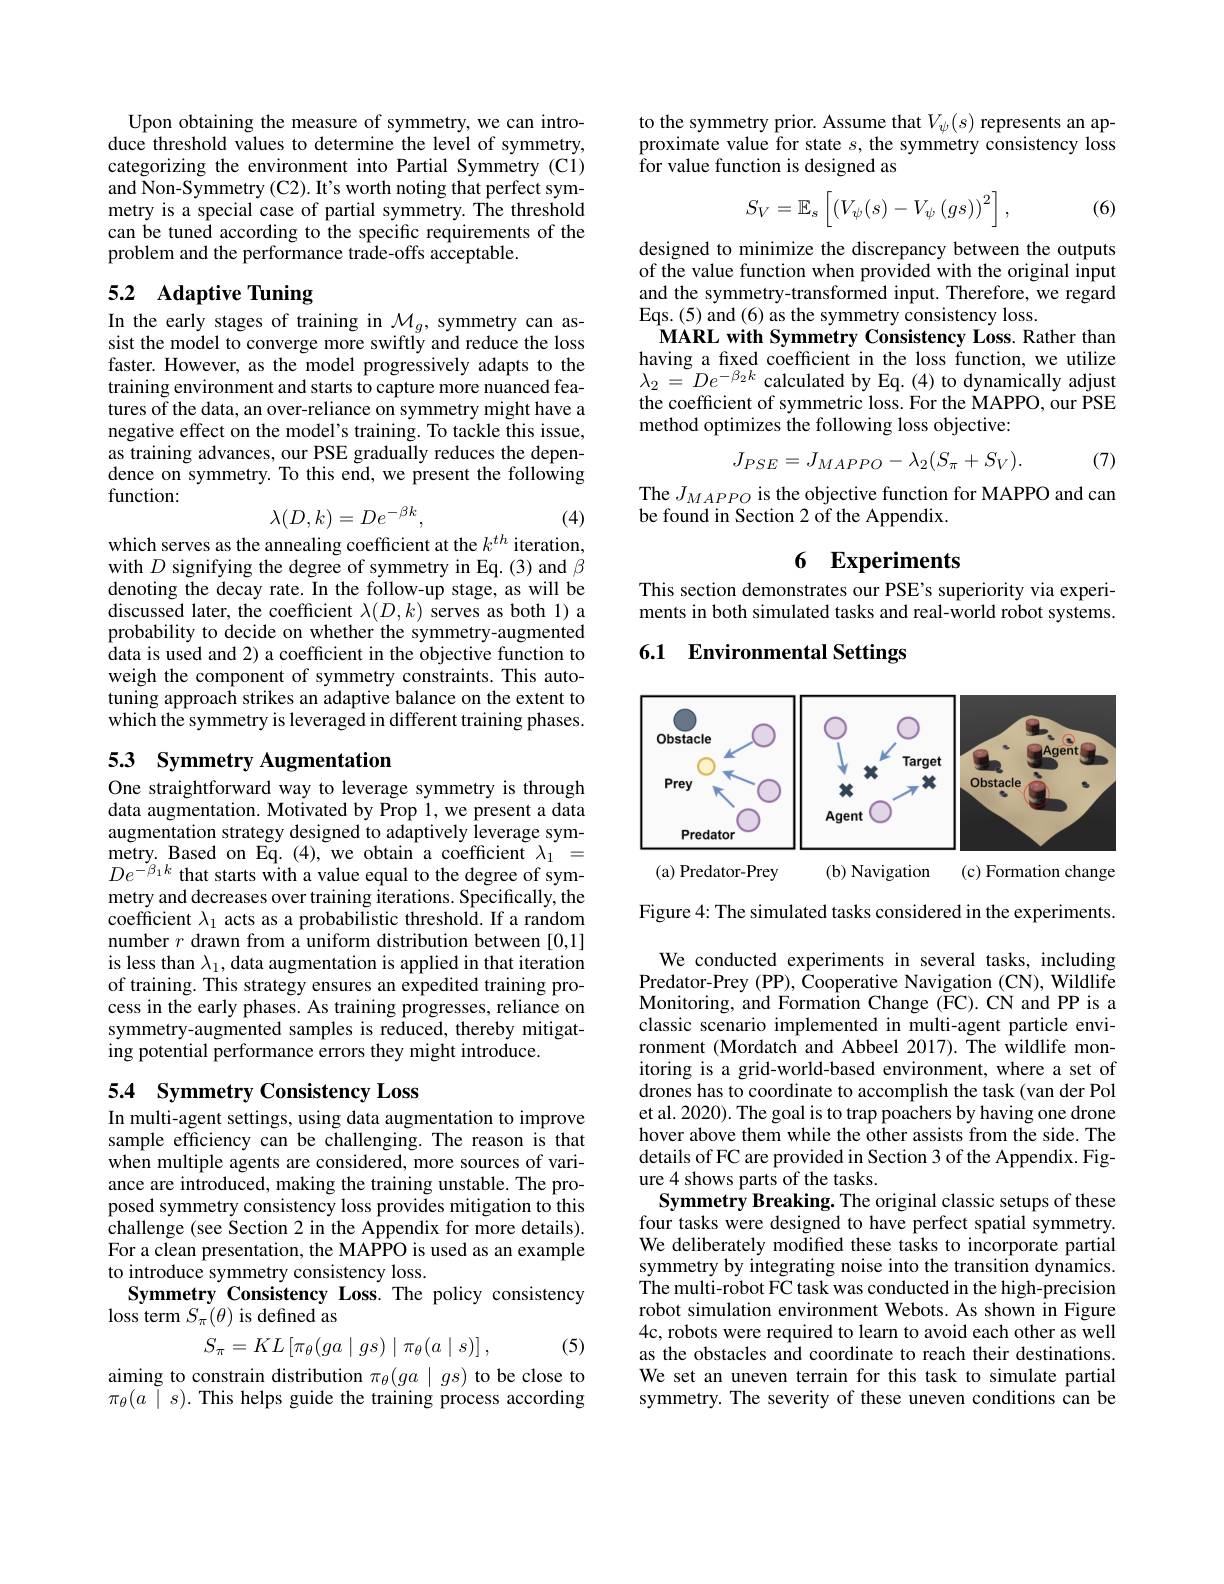
Upon obtaining the measure of symmetry, we can introduce threshold values to determine the level of symmetry, categorizing the environment into Partial Symmetry (C1) and Non-Symmetry (C2). It's worth noting that perfect symmetry is a special case of partial symmetry. The threshold can be tuned according to the specific requirements of the problem and the performance trade-offs acceptable.

## 5.2 Adaptive Tuning

In the early stages of training in $\mathcal{M}_g$, symmetry can assist the model to converge more swiftly and reduce the loss faster. However, as the model progressively adapts to the training environment and starts to capture more nuanced features of the data, an over-reliance on symmetry might have a negative effect on the model's training. To tackle this issue, as training advances, our PSE gradually reduces the dependence on symmetry. To this end, we present the following function:
$$\lambda(D,k)=De^{-\beta k},$$
(4)

which serves as the annealing coefficient at the $k^{th}$ iteration,

with $D$ signifying the degree of symmetry in Eq.(3)and $\beta$ denoting the decay rate. In the follow-up stage, as will be discussed later, the coefficient $\lambda(D,k)$ serves as both 1) a probability to decide on whether the symmetry-augmented data is used and 2) a coefficient in the objective function to weigh the component of symmetry constraints. This autotuning approach strikes an adaptive balance on the extent to which the symmetry is leveraged in different training phases.

# 53 Symmetry Augmentation

One straightforward way to leverage symmetry is through data augmentation. Motivated by Prop 1, we present a data augmentation strategy designed to adaptively leverage symmetry. Based on Eq. ( 4) , we obtain a coefficient $\lambda _{1} =$ $De^{-\beta_{1}k}$ that starts with a value equal to the degree of symmetry and decreases over training iterations. Specifically, the coefficient $\lambda_1$ acts as a probabilistic threshold. If a random number $r$ drawn from a uniform distribution between [0,1] is less than $\lambda_1$, data augmentation is applied in that iteration of training. This strategy ensures an expedited training process in the early phases. As training progresses, reliance on symmetry-augmented samples is reduced, thereby mitigating potential performance errors they might introduce.

# 5.4 Symmetry Consistency Loss

In multi-agent settings, using data augmentation to improve sample efficiency can be challenging. The reason is that when multiple agents are considered, more sources of variance are introduced, making the training unstable. The proposed symmetry consistency loss provides mitigation to this challenge (see Section 2 in the Appendix for more details). For a clean presentation, the MAPPO is used as an example to introduce symmetry consistency loss.
Symmetry Consistency Loss. The policy consistency
loss term $S_\pi(\theta)$ is defined as
$$S_{\pi}=KL\left[\pi_{\theta}(ga\mid gs)\mid\pi_{\theta}(a\mid s)\right],$$
(5)

aiming to constrain distribution $\pi_\theta(ga\mid gs)$ to be close to $\pi _{\theta }( a$ $\tilde{\mid }$ $s) .$ This helps guide the training process according

$\begin{array}{l}\text{to the symmetry prior. Assume that }V_\psi(s)\text{ represents an ap-}\\\text{proximate value for state }s,\text{the symmetry consistency loss}\end{array}$
for value function is designed as
$$S_V=\mathbb{E}_s\left[\left(V_\psi(s)-V_\psi\left(gs\right)\right)^2\right],$$
(6)

designed to minimize the discrepancy between the outputs of the value function when provided with the original input and the symmetry-transformed input. Therefore, we regard Eqs.(5) and (6) as the symmetry consistency loss.
MARL with Symmetry Consistency Loss. Rather than having a fixed coefficient in the loss function, we utilize $\lambda_{2}=De^{-\beta_{2}k}$ calculated by Eq.(4) to dynamically adjust the coefficient of symmetric loss. For the MAPPO, our PSE method optimizes the following loss objective:
$$J_{PSE}=J_{MAPPO}-\lambda_{2}(S_{\pi}+S_{V}).$$
(7)

$\begin{array}{l}\mathrm{The~}J_{MAPPO}\text{ is the objective function for MAPPO and can}\\\mathrm{be~found~in~Section~2~of~the~Appendix.}\end{array}$

# 6 Experiments
This section demonstrates our PSE's superiority via experi-

ments in both simulated tasks and real-world robot systems.

## 6.1 Environmental Settings

<FigureHere>

Figure 4: The simulated tasks considered in the experiments.

We conducted experiments in several tasks, including Predator-Prey (PP), Cooperative Navigation (CN), Wildlife Monitoring, and Formation Change ($\tilde{\mathrm{FC}}).$ CN and PP is a classic scenario implemented in multi-agent particle environment (Mordatch and Abbeel 2017). The wildlife monitoring is a grid-world-based environment, where a set of drones has to coordinate to accomplish the task (van der Pol et al. 2020). The goal is to trap poachers by having one drone hover above them while the other assists from the side. The details of FC are provided in Section 3 of the Appendix. Figure 4 shows parts of the tasks.
Symmetry Breaking. The original classic setups of these four tasks were designed to have perfect spatial symmetry. We deliberately modifed these tasks to incorporate partial symmetry by integrating noise into the transition dynamics. The multi-robot FC task was conducted in the high-precision robot simulation environment Webots. As shown in Figure 4c, robots were required to learn to avoid each other as well as the obstacles and coordinate to reach their destinations. We set an uneven terrain for this task to simulate partial symmetry. The severity of these uneven conditions can be